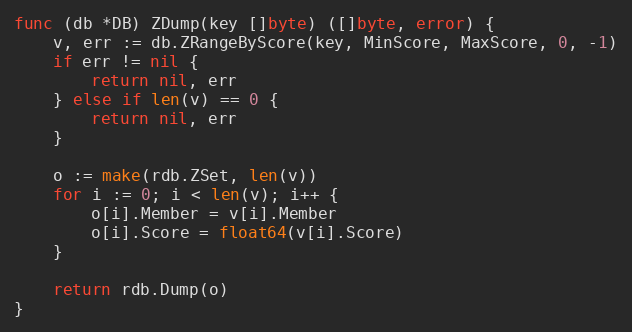
Language: Go
func (db *DB) ZDump(key []byte) ([]byte, error) {
	v, err := db.ZRangeByScore(key, MinScore, MaxScore, 0, -1)
	if err != nil {
		return nil, err
	} else if len(v) == 0 {
		return nil, err
	}

	o := make(rdb.ZSet, len(v))
	for i := 0; i < len(v); i++ {
		o[i].Member = v[i].Member
		o[i].Score = float64(v[i].Score)
	}

	return rdb.Dump(o)
}